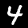
Digit: 4